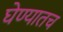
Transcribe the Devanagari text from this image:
घेण्यातच